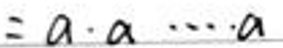
$= a \cdot a \cdots a$